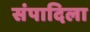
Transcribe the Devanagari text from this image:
संपादिला